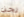
نحن